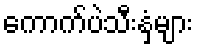
ကောက်ပဲသီးနှံများ